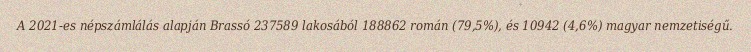
A 2021-es népszámlálás alapján Brassó 237589 lakosából 188862 román (79,5%), és 10942 (4,6%) magyar nemzetiségű.